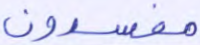
مفسدون